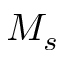
M _ { s }